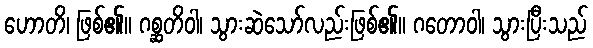
ဟောတိ၊ ဖြစ်၏။ ဂစ္ဆတိဝါ၊ သွားဆဲသော်လည်းဖြစ်၏။ ဂတောဝါ၊ သွားပြီးသည်